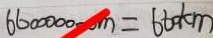
6 6 0 0 0 0 0 0 0 m = 6 6 0 k m